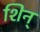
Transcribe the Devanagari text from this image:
शिन्‌